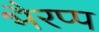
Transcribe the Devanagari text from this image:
भैरप्प